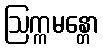
ဩက္ကမန္တော